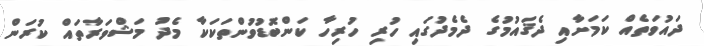
ދައުވަތެއް ކަމަށާއި ދެޤައުމުގެ ދެމެދުގައި ހުރި ހުރިހާ ކަންބޮޑުވުންތަކަކާ މެދު މަޝްވަރާތައް ކުރަން